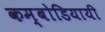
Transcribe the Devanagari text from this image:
कम्बोडियायी